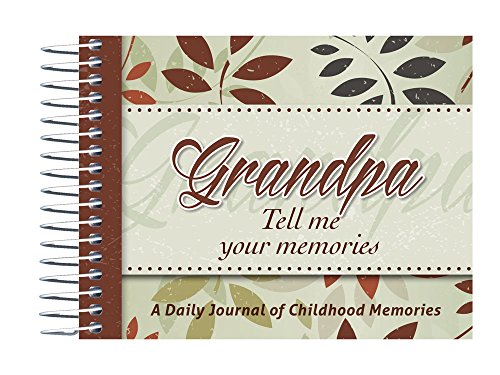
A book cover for Grandpa, Tell Me Your Memories; Kathleen Lashier; Parenting & Relationships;